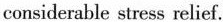
considerable stress relief.